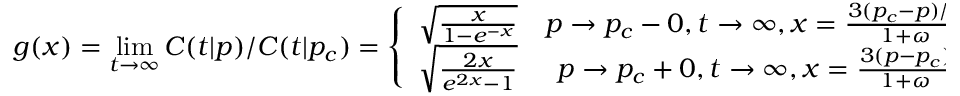
g ( x ) = \operatorname* { l i m } _ { t \to \infty } C ( t | p ) / C ( t | p _ { c } ) = \left\{ \begin{array} { c c } { \sqrt { \frac { x } { 1 - e ^ { - x } } } } & { p \to p _ { c } - 0 , t \to \infty , x = \frac { 3 ( p _ { c } - p ) / 2 } { 1 + \omega } \ln t , } \\ { \sqrt { \frac { 2 x } { e ^ { 2 x } - 1 } } } & { p \to p _ { c } + 0 , t \to \infty , x = \frac { 3 ( p - p _ { c } ) } { 1 + \omega } \ln t . } \end{array} \right.